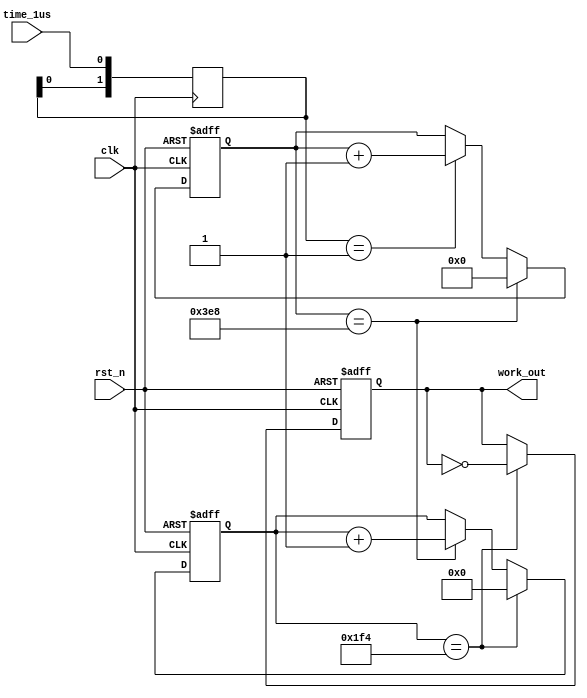
module work_led (
							clk		,
							rst_n		,
						   	time_1us	,
							work_out	
							);
input clk;
input rst_n;
input time_1us;
output work_out;
reg [1:0]time_1us_syn;
always@(posedge clk) time_1us_syn<={time_1us_syn[0],time_1us};	
reg work_out;
reg [9:0]cnt_1ms;
reg [8:0]cnt_500ms;

always@(posedge clk or negedge rst_n)
begin 
	if(!rst_n)
	cnt_1ms<=10'd0;
	else if(cnt_1ms==10'd1000)
	cnt_1ms<=10'd0;
	else if(time_1us_syn==2'b01)
	cnt_1ms<=cnt_1ms+1'b1;
end
always@(posedge clk or negedge rst_n)
begin 
	if(!rst_n)
	begin 
	cnt_500ms<=9'd0;
	work_out<=1'b0;
	end 
	else if(cnt_500ms==9'd500)
	begin 
	cnt_500ms<=9'd0;
	work_out<=~work_out;
	end 
	else if(cnt_1ms==10'd1000)
	cnt_500ms<=cnt_500ms+1'b1;
end	
endmodule